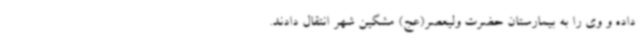
داده و وی را به بیمارستان حضرت ولیعصر(عج) مشگین شهر انتقال دادند.